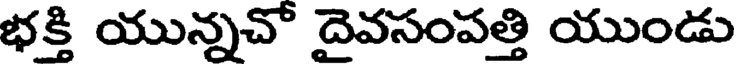
భక్తి యున్నచో దైవసంపత్తి యుండు